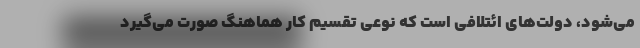
می‌شود، دولت‌های ائتلافی است که نوعی تقسیم کار هماهنگ صورت می‌گیرد